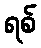
ရစ်